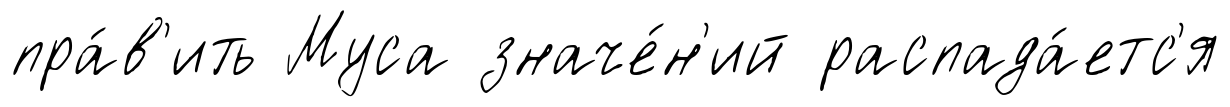
пра́в'ить Муса значе́н'ий распада́етс'я